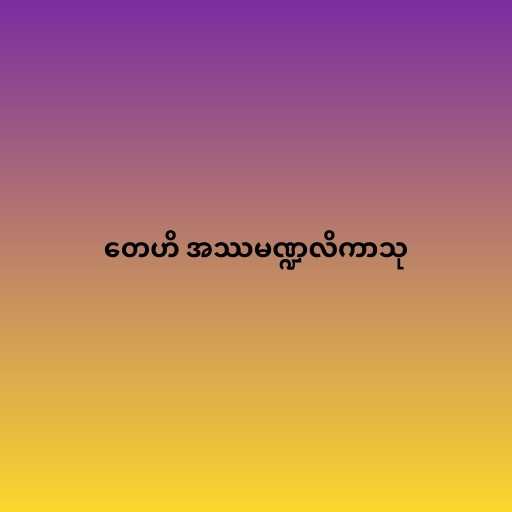
တေဟိ အဿမဏ္ဍလိကာသု